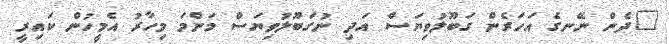
"ދެން ނޭނގެ އަހަރެން ގަބޫލުވިޔަސް އަދި ނުގަބޫލުވިޔަސް މަންމަ މިހާރު އެމީހުން ކައިރީ